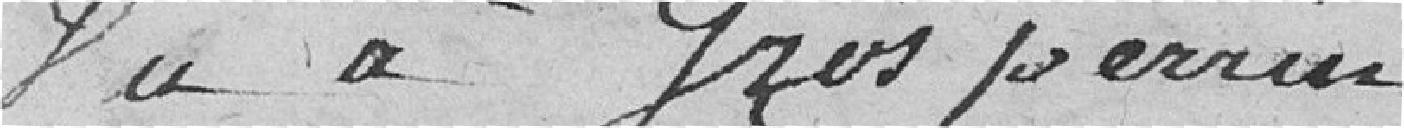
Du à Grosperrin